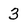
Character: 3